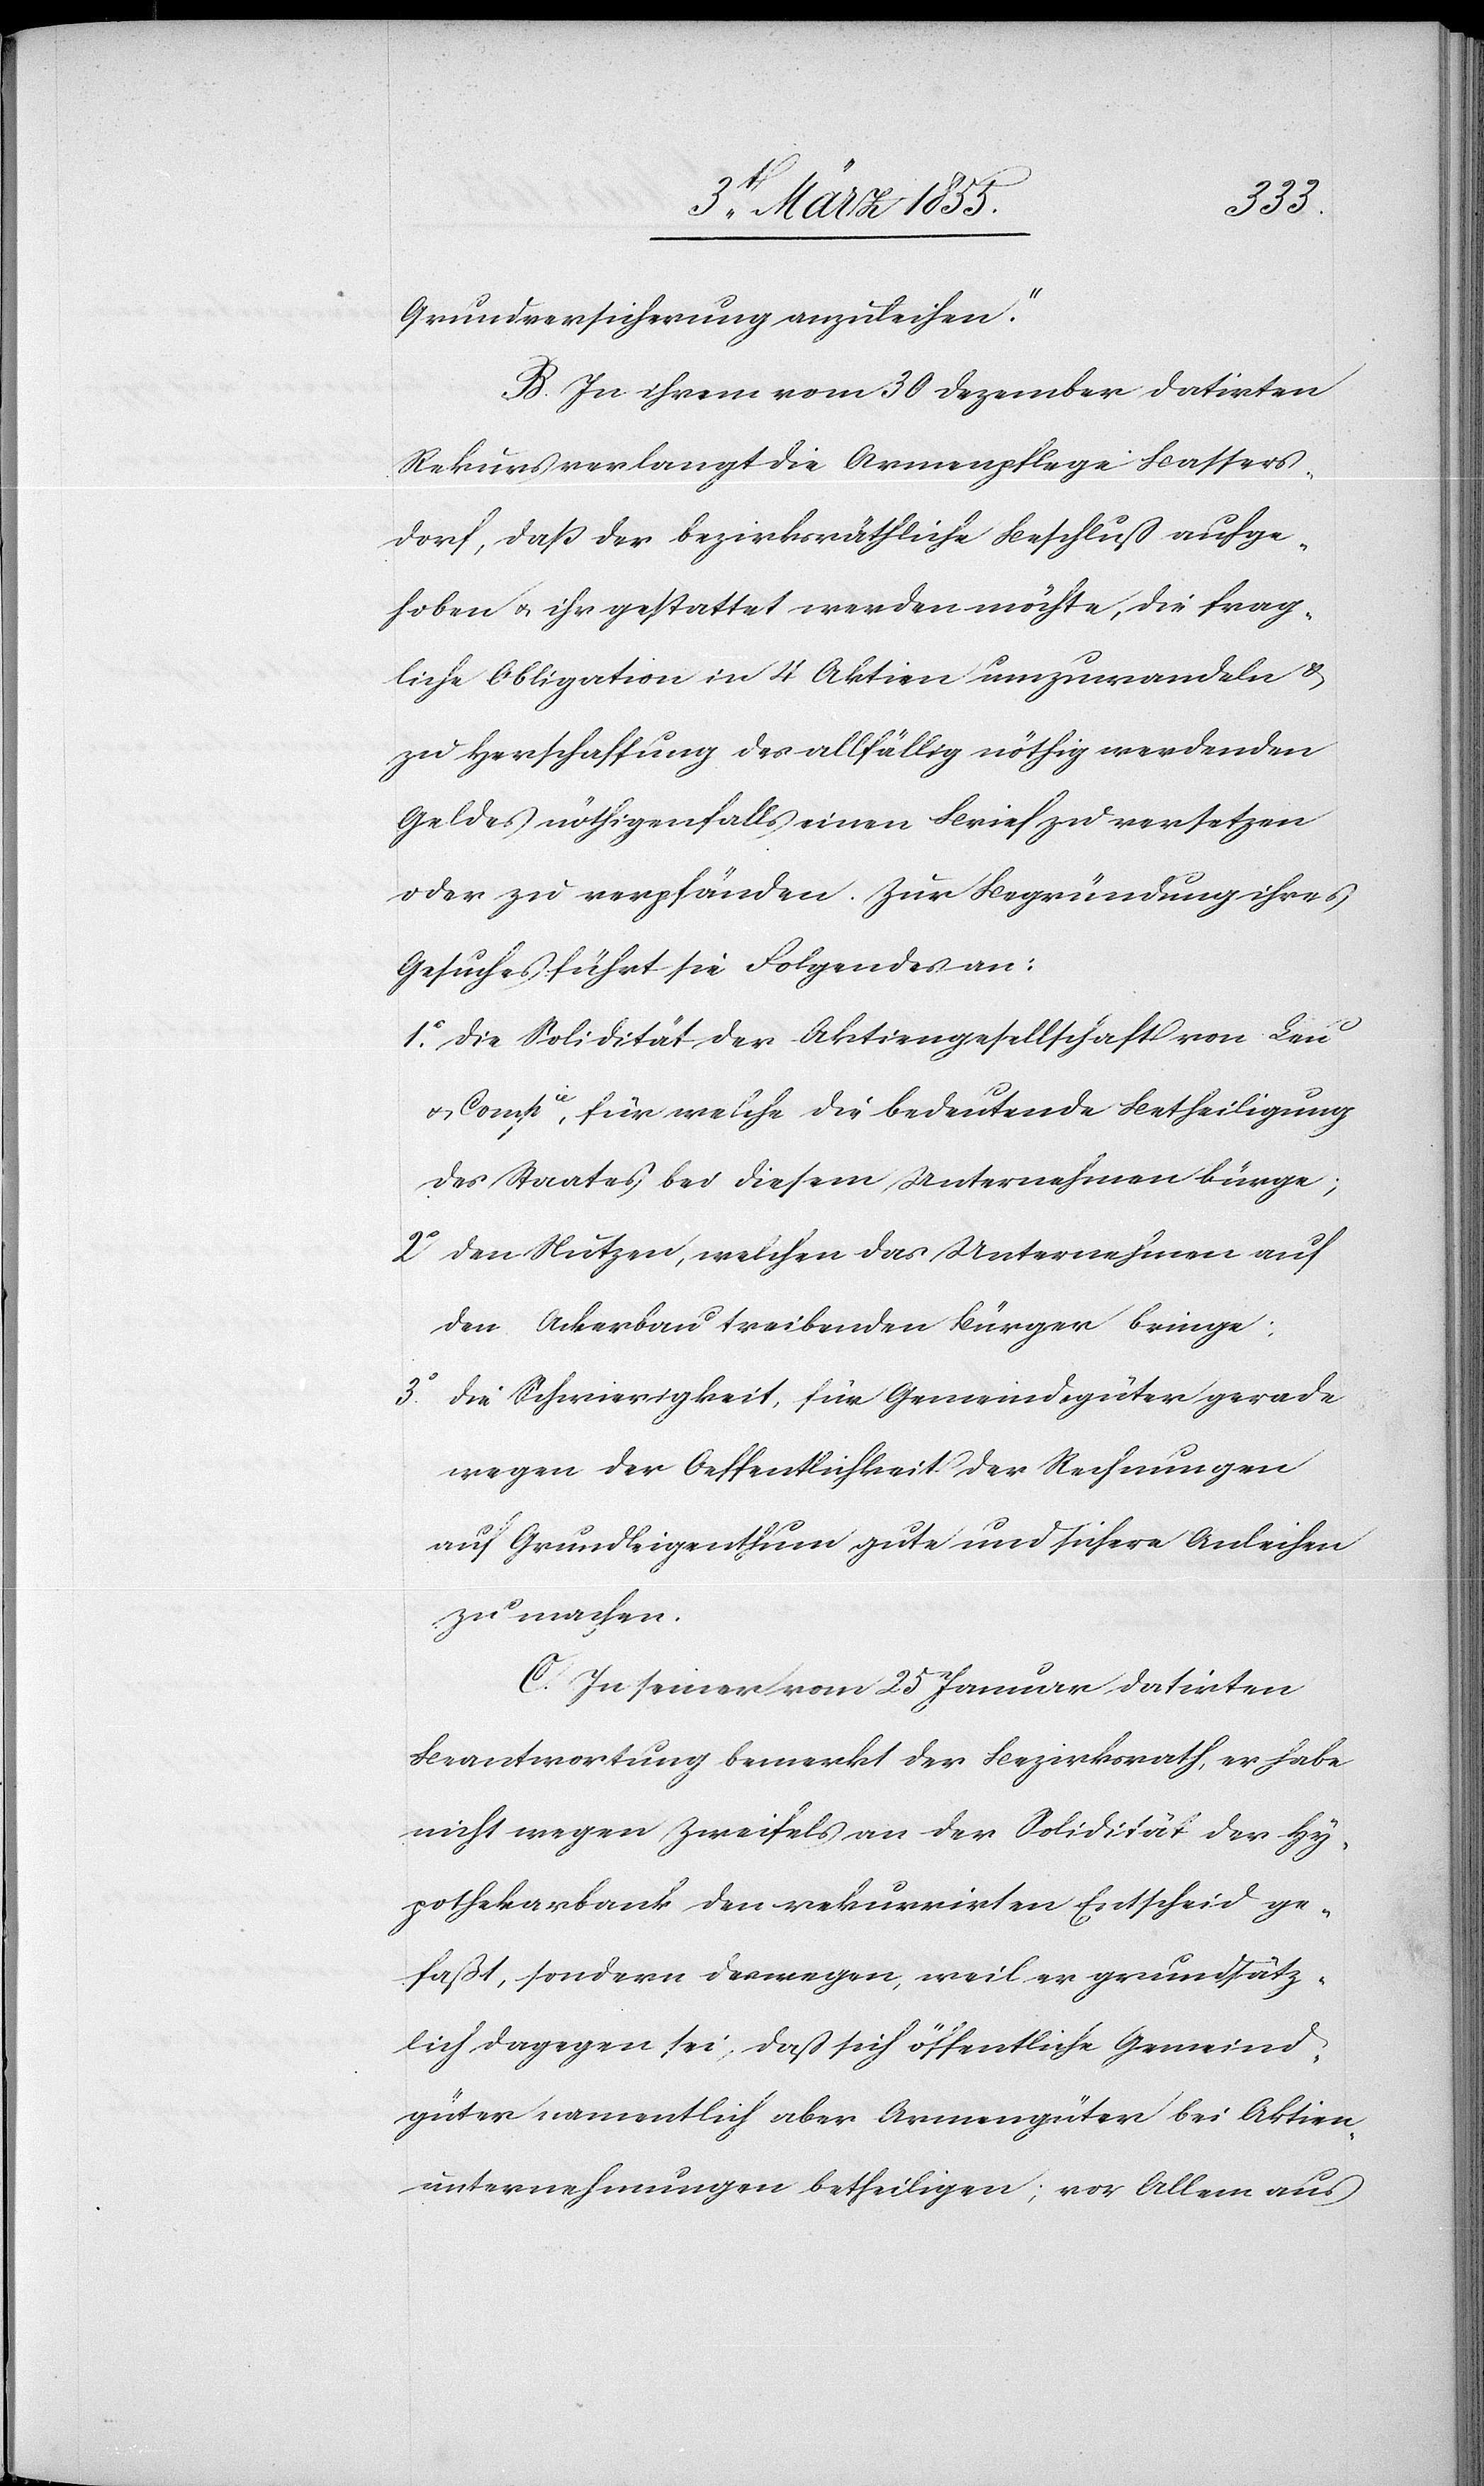
3o.
Grundversicherung anzuleihen.“
B. In ihrem vom 30 Dezember datirten
Rekurs verlangt die Armenpflege Bassers¬
dorf, daß der bezirksräthliche Beschluß aufge¬
hoben & ihr gestattet werden möchte, die frag¬
liche Obligation in 4 Aktien umzuwandeln &
zu Herschaffung des allfällig nöthig werdenden
Geldes nöthigenfalls einen Brief zu versetzen
oder zu verpfänden. Zur Begründung ihres
Gesuches führt sie Folgendes an:
die Solidität der Aktiengesellschaft von Leu
& Compie, für welche die bedeutende Betheiligung
des Staates bei diesem Unternehmen bürge;
den Nutzen, welchen das Unternehmen auf
den Ackerbau treibenden Bürger bringe;
die Schwierigkeit, für Gemeindegüter gerade
wegen der Oeffentlichkeit der Rechnungen
auf Grundeigenthum gute und sichere Anleihen
zu machen.
C. In seiner vom 25 Januar datirten
Beantwortung bemerkt der Bezirksrath, er habe
nicht wegen Zweifels an der Solidität der Hy¬
pothekarbank den rekurrirten Entscheid ge¬
faßt, sondern deswegen, weil er grundsätz¬
lich dagegen sei, daß sich öffentliche Gemeind¬
güter namentlich aber Armengüter bei Aktien¬
unternehmungen betheiligen; vor Allem aus